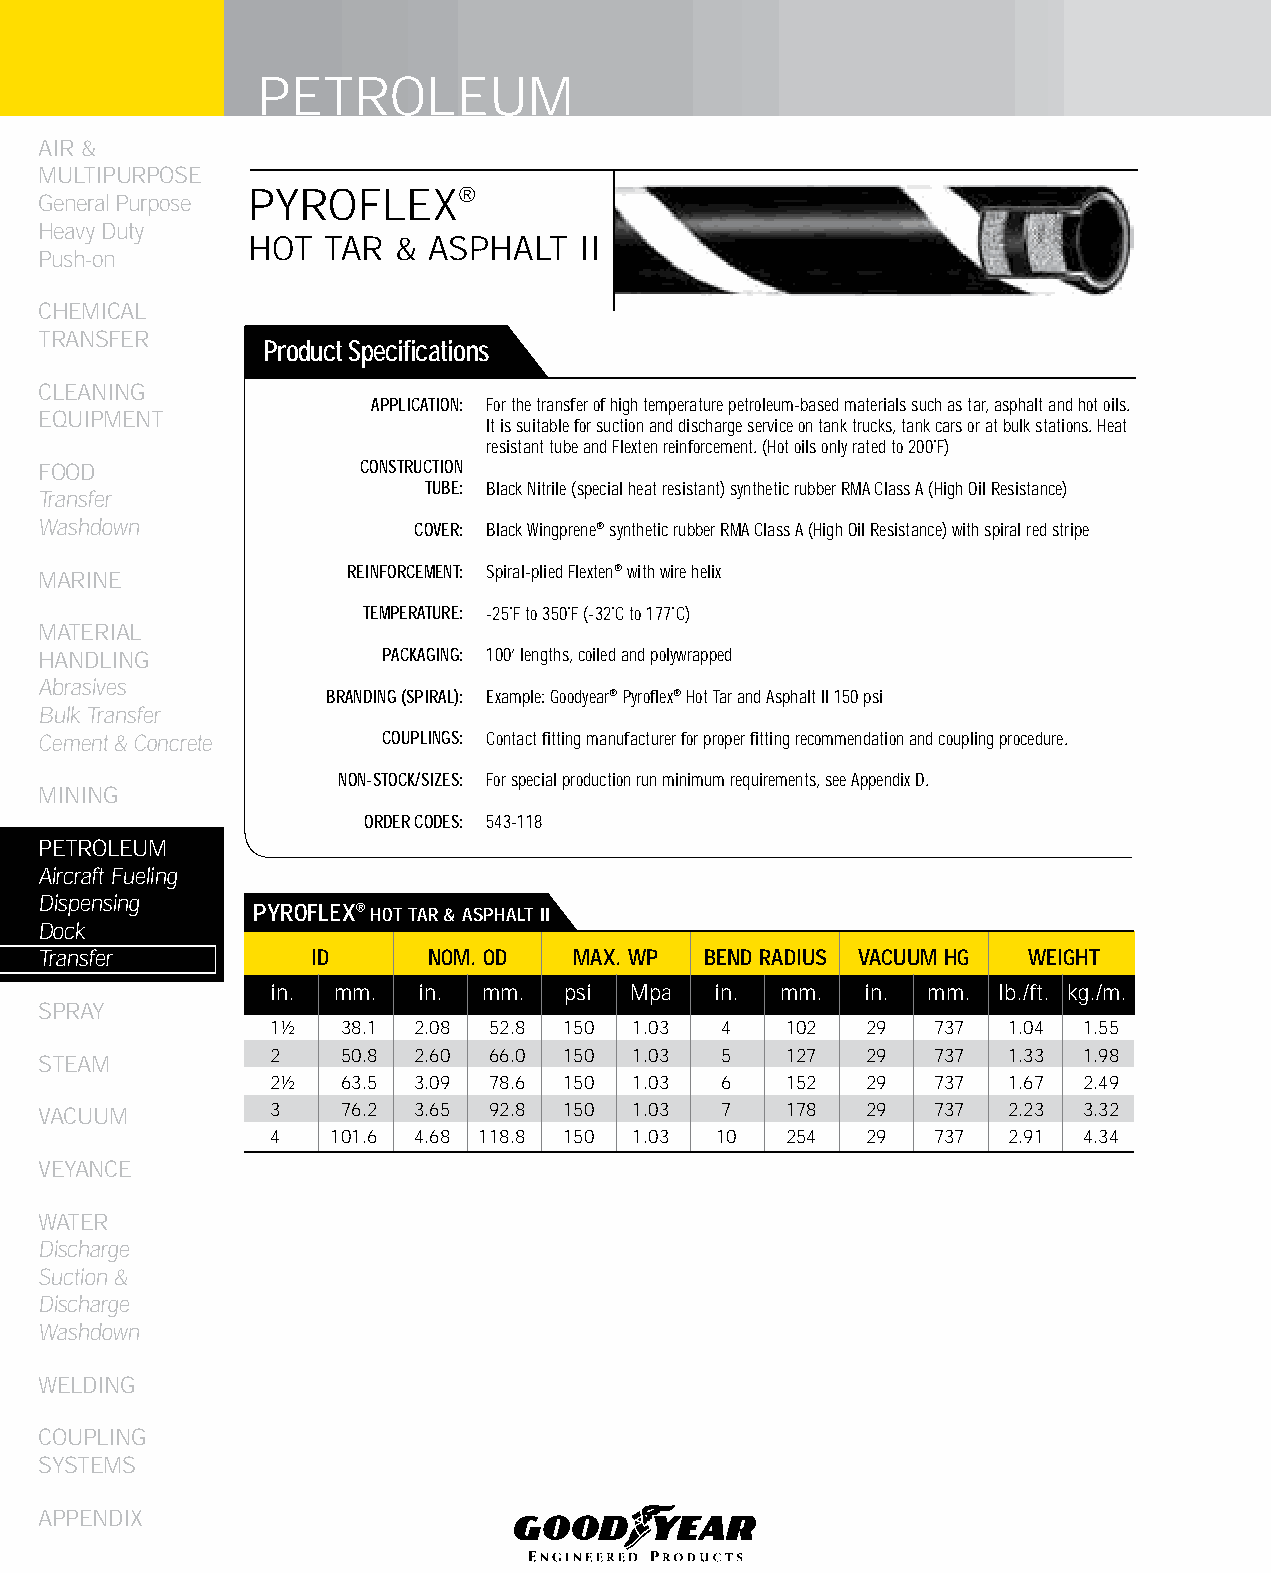
PETROLEUM
 AIR &
 MULTIPURPOSE
 PYROFLEX®
 General Purpose
 Heavy Duty
 HOT  TAR & ASPHALT   II
 Push-on
 CHEMICAL
 TRANSFER
 Product Specifications
 CLEANING
 APPLICATION: For the transfer of high temperature petroleum-based materials such as tar, asphalt and hot oils.
 EqUIPMENT
 It is suitable for suction and discharge service on tank trucks, tank cars or at bulk stations. Heat
 resistant tube and Flexten reinforcement. (Hot oils only rated to 200˚F)
 FOOD                 CONSTRUCTION
 TUBE: Black Nitrile (special heat resistant) synthetic rubber RMA Class A (High Oil Resistance)
 Transfer
 Washdown                 COVER: Black Wingprene® synthetic rubber RMA Class A (High Oil Resistance) with spiral red stripe
 REINFORCEMENT: Spiral-plied Flexten® with wire helix
 MARINE
 TEMPERATURE: -25˚F to 350˚F (-32˚C to 177˚C)
 MATERIAL
 HANDLING              PACKAGING: 100’ lengths, coiled and polywrapped
 Abrasives
 BRANDING (SPIRAL): Example: Goodyear® Pyroflex® Hot Tar and Asphalt II 150 psi
 Bulk Transfer
 Cement & Concrete     COUPLINGS: Contact fitting manufacturer for proper fitting recommendation and coupling procedure.
 NON-STOCK/SIZES: For special production run minimum requirements, see Appendix D.
 MINING
 ORDER CODES: 543-118
 PETROLEUM
 Aircraft Fueling
 Dispensing
 PyROfLEX® HOT TAR & ASPHALT II
 Dock
 Transfer          ID     NOM. OD   MAX. WP  bEND RADIUS VACUUM HG WEIGHT
 in. mm.   in. mm.  psi  Mpa  in.  mm.  in. mm.  lb./ft. kg./m.
 SPRAY
 1½   38.1 2.08 52.8 150 1.03  4   102  29   737  1.04 1.55
 2    50.8 2.60 66.0 150 1.03  5   127  29   737  1.33 1.98
 STEAM
 2½   63.5 3.09 78.6 150 1.03  6   152  29   737  1.67 2.49
 VACUUM         3    76.2 3.65 92.8 150 1.03  7   178  29   737  2.23 3.32
 4   101.6 4.68 118.8 150 1.03 10  254  29   737  2.91 4.34
 VEYANCE
 WATER
 Discharge
 Suction &
 Discharge
 Washdown
 WELDING
 COUPLING
 SYSTEMS
 APPENDIX
 194